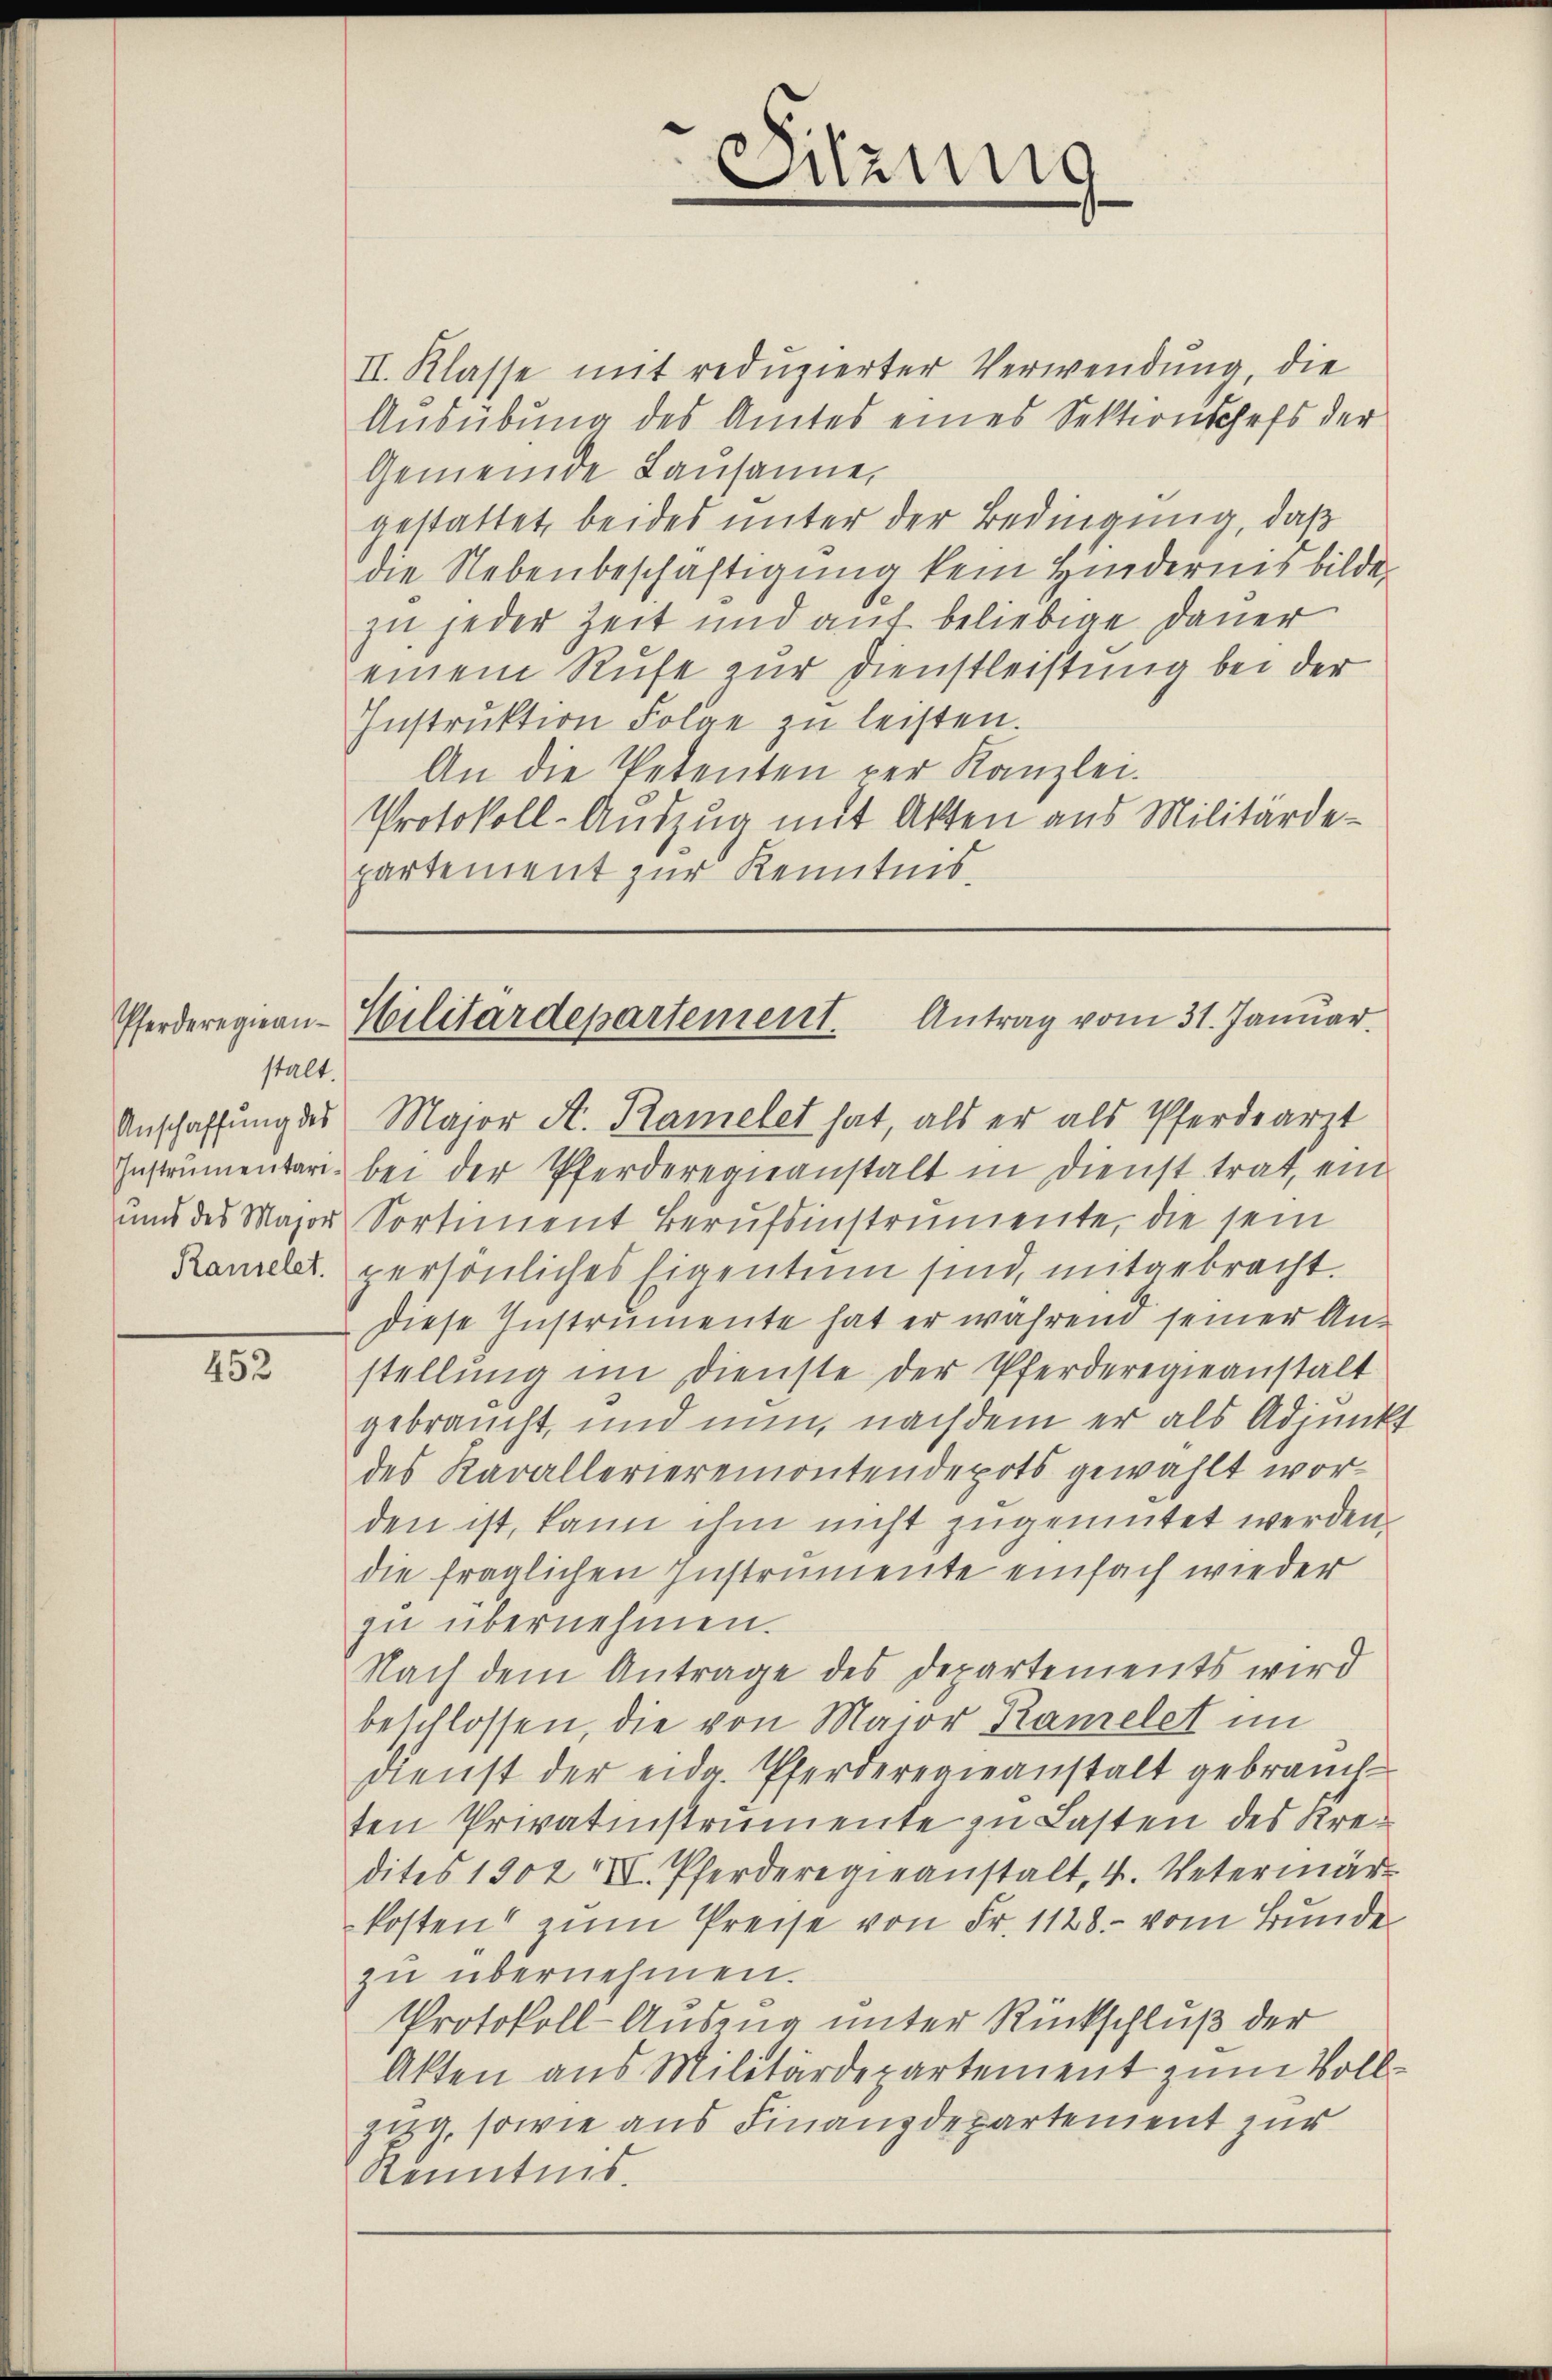
stalt.

452

Sitzung

II. Klasse mit reduzierter Verwendung, die
Ausübung des Amtes eines Sektionschefs der
Gemeinde Lausanne,
gestattet, beides unter der Bedingung, daß
die Nebenbeschäftigung kein Hindernis bilde
zu jeder Zeit und auf beliebige Dauer
einem Rufe zur Dienstleistung bei der
Instrŭktion Folge zu leisten.
An die Petenten der Kanzlei.
Protokoll-Auszug mit Akten aus Militärdepartement zur Kenntnis.

Pferderegien-Militärdepartement. Antrag vom 31. Januar.

Anschaffung des Major A. Kamelet hat, als er als Pferdearit
Instrumentari bei der Pferderegieanstalt in Dienst trat, ein
und des Major Sortiment Berufsinstrumente, die sein
Rameler. persönliches Eigentum sind, mitgebracht.
Diese Instrumente hat er während seiner Anstellŭng im Dienste der Pferderegieanstalt
gebraucht, und nun, nachdem er als Adjunkt
des Karallerieremontendepots gewählt worden ist, kann ihm nicht zugemutet werden.
die fraglichen Instrumente einfach wieder
zu übernehmen.
Nach dem Antrage des Departements wird
beschlossen, die von Maior Ramelet im
Dienst der eidg. Pferderenieanstalt gebrauchten Privatinstrumente zu Lasten des Kredites 1902 V. Pferderegieanstalt, 4. Vetermär
kosten zum Preise von Fr. 1128. vom Bunde
zu übernehmen.
Protokoll-Auszug unter Rückschluß der
Akten aus Militärdepartement zum Vollzig, sowie aus Finanzdepartement zur
Kenntnis.